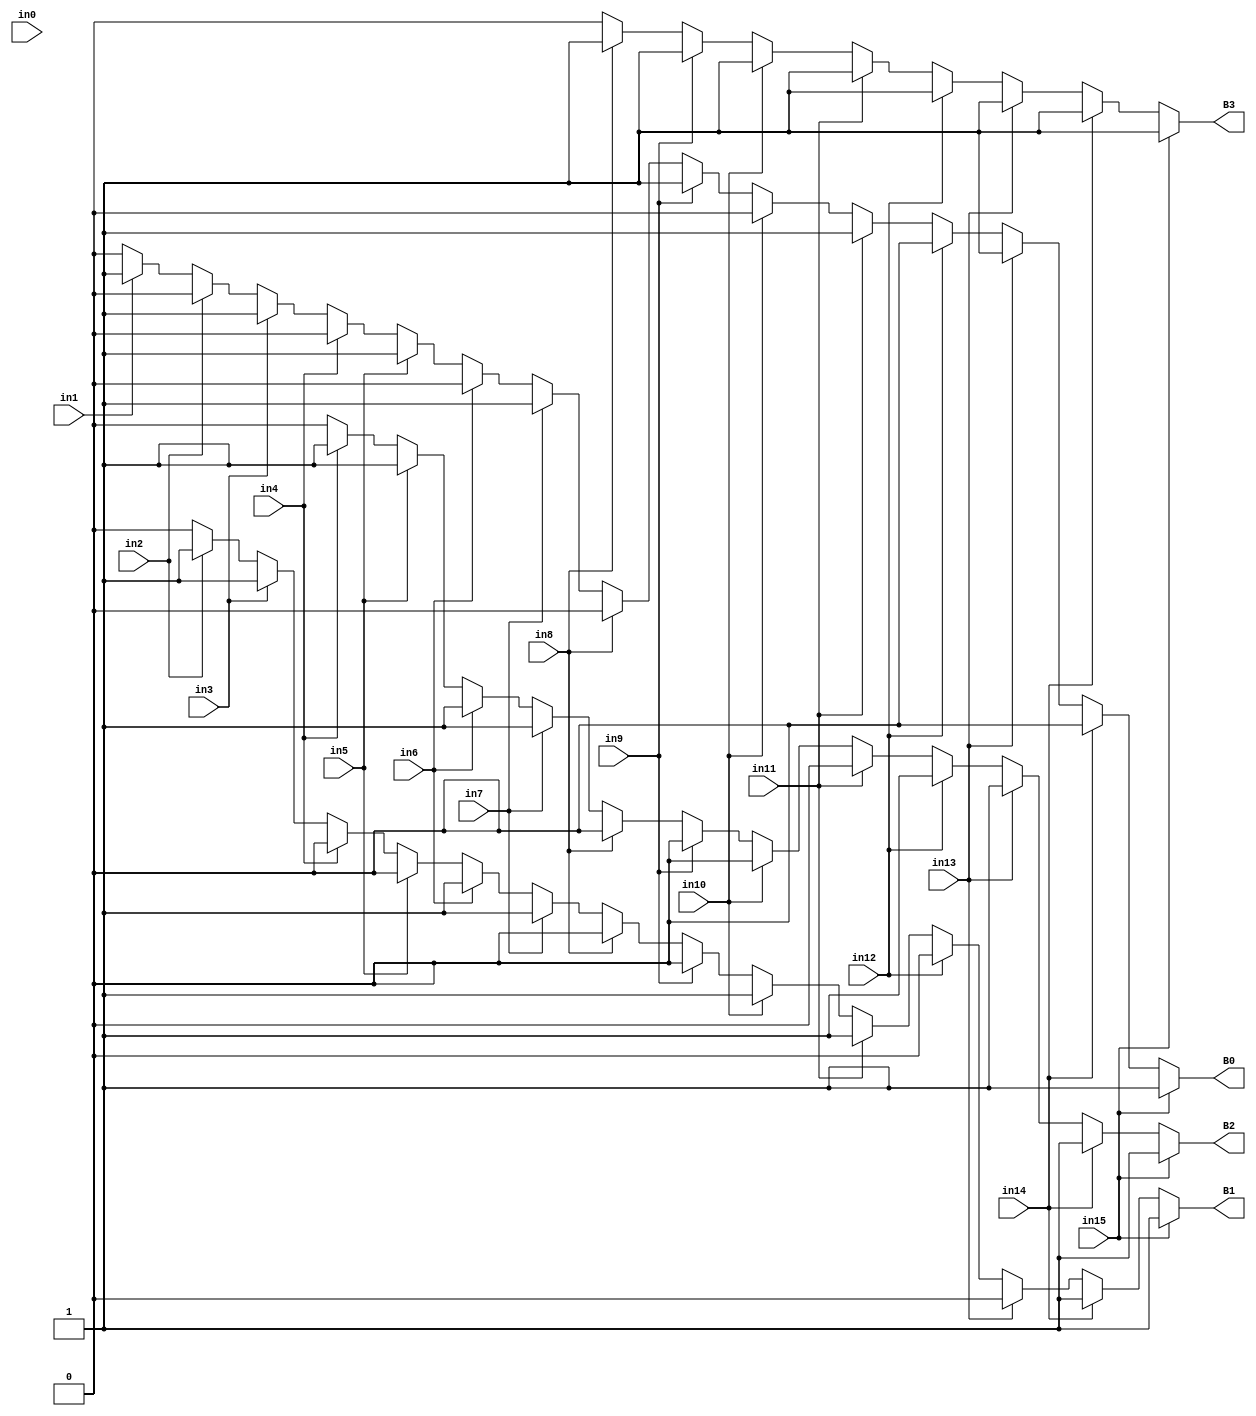
//Verilog HDL for "ADC", "encoder" "functional"


module encoder (in15, in14, in13, in12, in11, in10, in9, in8, in7, in6, in5, in4, in3, in2, in1, in0, B3, B2, B1, B0);
input in15, in14, in13, in12, in11, in10, in9, in8, in7, in6, in5, in4, in3, in2, in1, in0;
output reg B3, B2, B1, B0;
always@(in15, in14, in13, in12, in11, in10, in9, in8, in7, in6, in5, in4, in3, in2, in1, in0) begin
	B3<=1'b0;
	B2<=1'b0;
	B1<=1'b0;
	B0<=1'b0;

	if(in15)begin
		B3<=1'b1;
		B2<=1'b1;
		B1<=1'b1;
		B0<=1'b1;
	end
	else if(in14)begin
		B3<=1'b1;
		B2<=1'b1;
		B1<=1'b1;
		B0<=1'b0;
	end
	else if(in13)begin
		B3<=1'b1;
		B2<=1'b1;
		B1<=1'b0;
		B0<=1'b1;
	end
	else if(in12)begin
		B3<=1'b1;
		B2<=1'b1;
		B1<=1'b0;
		B0<=1'b0;
	end
	else if(in11)begin
		B3<=1'b1;
		B2<=1'b0;
		B1<=1'b1;
		B0<=1'b1;
	end
	else if(in10)begin
		B3<=1'b1;
		B2<=1'b0;
		B1<=1'b1;
		B0<=1'b0;
	end
	else if(in9)begin
		B3<=1'b1;
		B2<=1'b0;
		B1<=1'b0;
		B0<=1'b1;
	end
	else if(in8)begin
		B3<=1'b1;
		B2<=1'b0;
		B1<=1'b0;
		B0<=1'b0;
	end
	else if(in7)begin
		B3<=1'b0;
		B2<=1'b1;
		B1<=1'b1;
		B0<=1'b1;
	end
	else if(in6)begin
		B3<=1'b0;
		B2<=1'b1;
		B1<=1'b1;
		B0<=1'b0;
	end
	else if(in5)begin
		B3<=1'b0;
		B2<=1'b1;
		B1<=1'b0;
		B0<=1'b1;
	end
	else if(in4)begin
		B3<=1'b0;
		B2<=1'b1;
		B1<=1'b0;
		B0<=1'b0;
	end
	else if(in3)begin
		B3<=1'b0;
		B2<=1'b0;
		B1<=1'b1;
		B0<=1'b1;
	end
	else if(in2)begin
		B3<=1'b0;
		B2<=1'b0;
		B1<=1'b1;
		B0<=1'b0;
	end
	else if(in1)begin
		B3<=1'b0;
		B2<=1'b0;
		B1<=1'b0;
		B0<=1'b1;
	end
end
endmodule